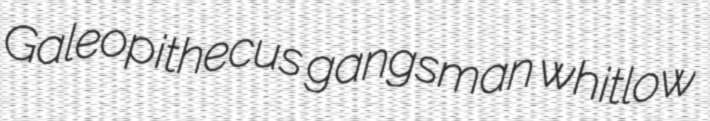
Galeopithecus gangsman whitlow